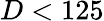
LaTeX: D<125